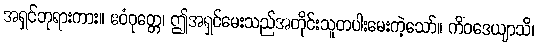
အရှင်ဘုရားကား။ ဧဝံဝုတ္တေ၊ ဤအရှင်မေးသည်အတိုင်းသူတပါးမေးကဲ့သော်။ ကိံဝဒေယျာသိ၊